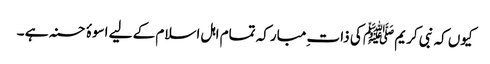
کیوں کہ نبی کریم ﷺ کی ذات ِمبارکہ تمام اہل اسلام کے لیے اسوۂ حسنہ ہے ۔